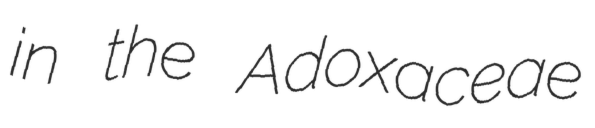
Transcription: in the Adoxaceae